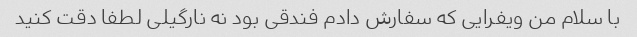
با سلام من ویفرایی که سفارش دادم فندقی بود نه نارگیلی لطفا دقت کنید